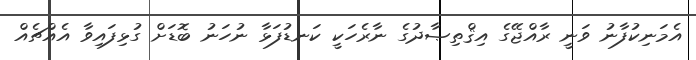
އެމަނިކުފާނު ވަނީ ރާއްޖޭގެ އިޤްތިޞާދުގެ ނާރެހަކީ ކަނޑުފަޅާ ނުހަނު ބޮޑަށް ގުޅިފައިވާ އެއްޗެއް